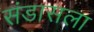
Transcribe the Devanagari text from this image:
संडासला